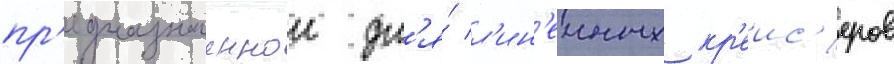
пр'едназначеннои дл'я́ л'ин'еиных кр'еис'еров